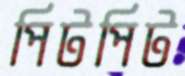
পিটপিট